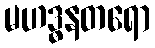
မဟဒ္ဓနတရော